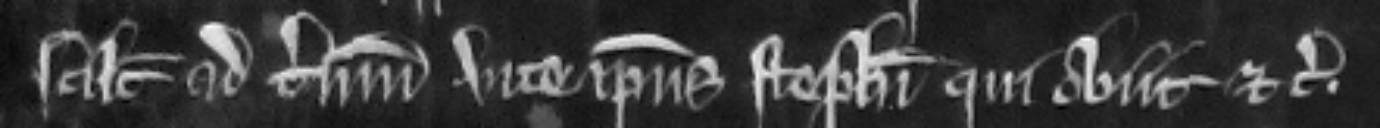
scilicet ad terminum vite ipsius Stephani qui obiit etc.